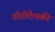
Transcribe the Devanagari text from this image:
गोरोदेत्स्की